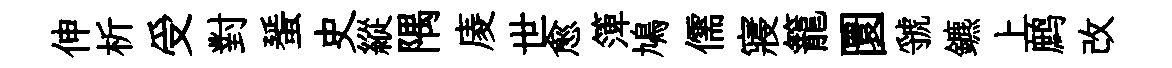
伸析受對蜑史縱隅庱世愈𥱼鳩儒寢籠圜虢鑣上鹧改